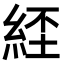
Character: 𦀰